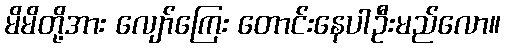
မိမိတို့အား လျော်ကြေး တောင်းနေပါဦးမည်လော။